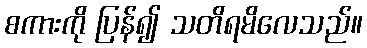
စကားကို ပြန်၍ သတိရမိလေသည်။